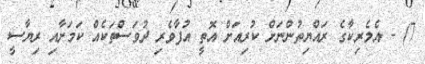
7) - އެމެރިކާގެ ރައްޔިތުންނަށް ކުރިއަށް އޮތީ އުފާވެރި ދުވަސްތަކެއް ކަމަށާއި ރިޔާސީ